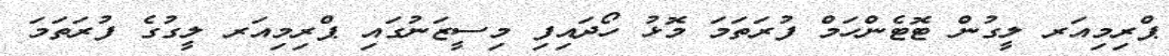
ޕްރިމިއަރ ލީގުން ޓޮޓެންހަމް ފުރަތަމަ މޮޅު ހޯދައިފި މިސީޒަނުގައި ޕްރިމިއަރ ލީގުގެ ފުރަތަމަ